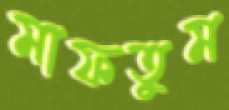
মাফতুম